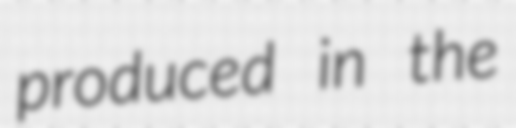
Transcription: produced in the